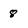
Character: 8